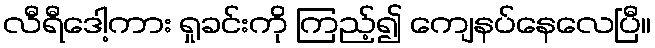
လီရီဒေါ့ကား ရှုခင်းကို ကြည့်၍ ကျေနပ်နေလေပြီ။